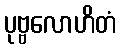
ပုဗ္ဗလောဟိတံ